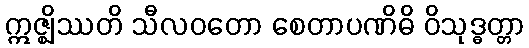
ဣဇ္ဈိဿတိ သီလဝတော စေတာပဏိဓိ ဝိသုဒ္ဓတ္တာ